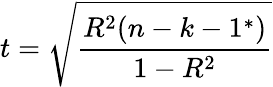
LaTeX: t={\sqrt{\frac{R^{2}(n-k-1^{*})}{1-R^{2}}}}